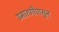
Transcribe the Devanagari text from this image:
उभारणीपासून